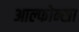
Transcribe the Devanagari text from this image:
आल्फोन्सा